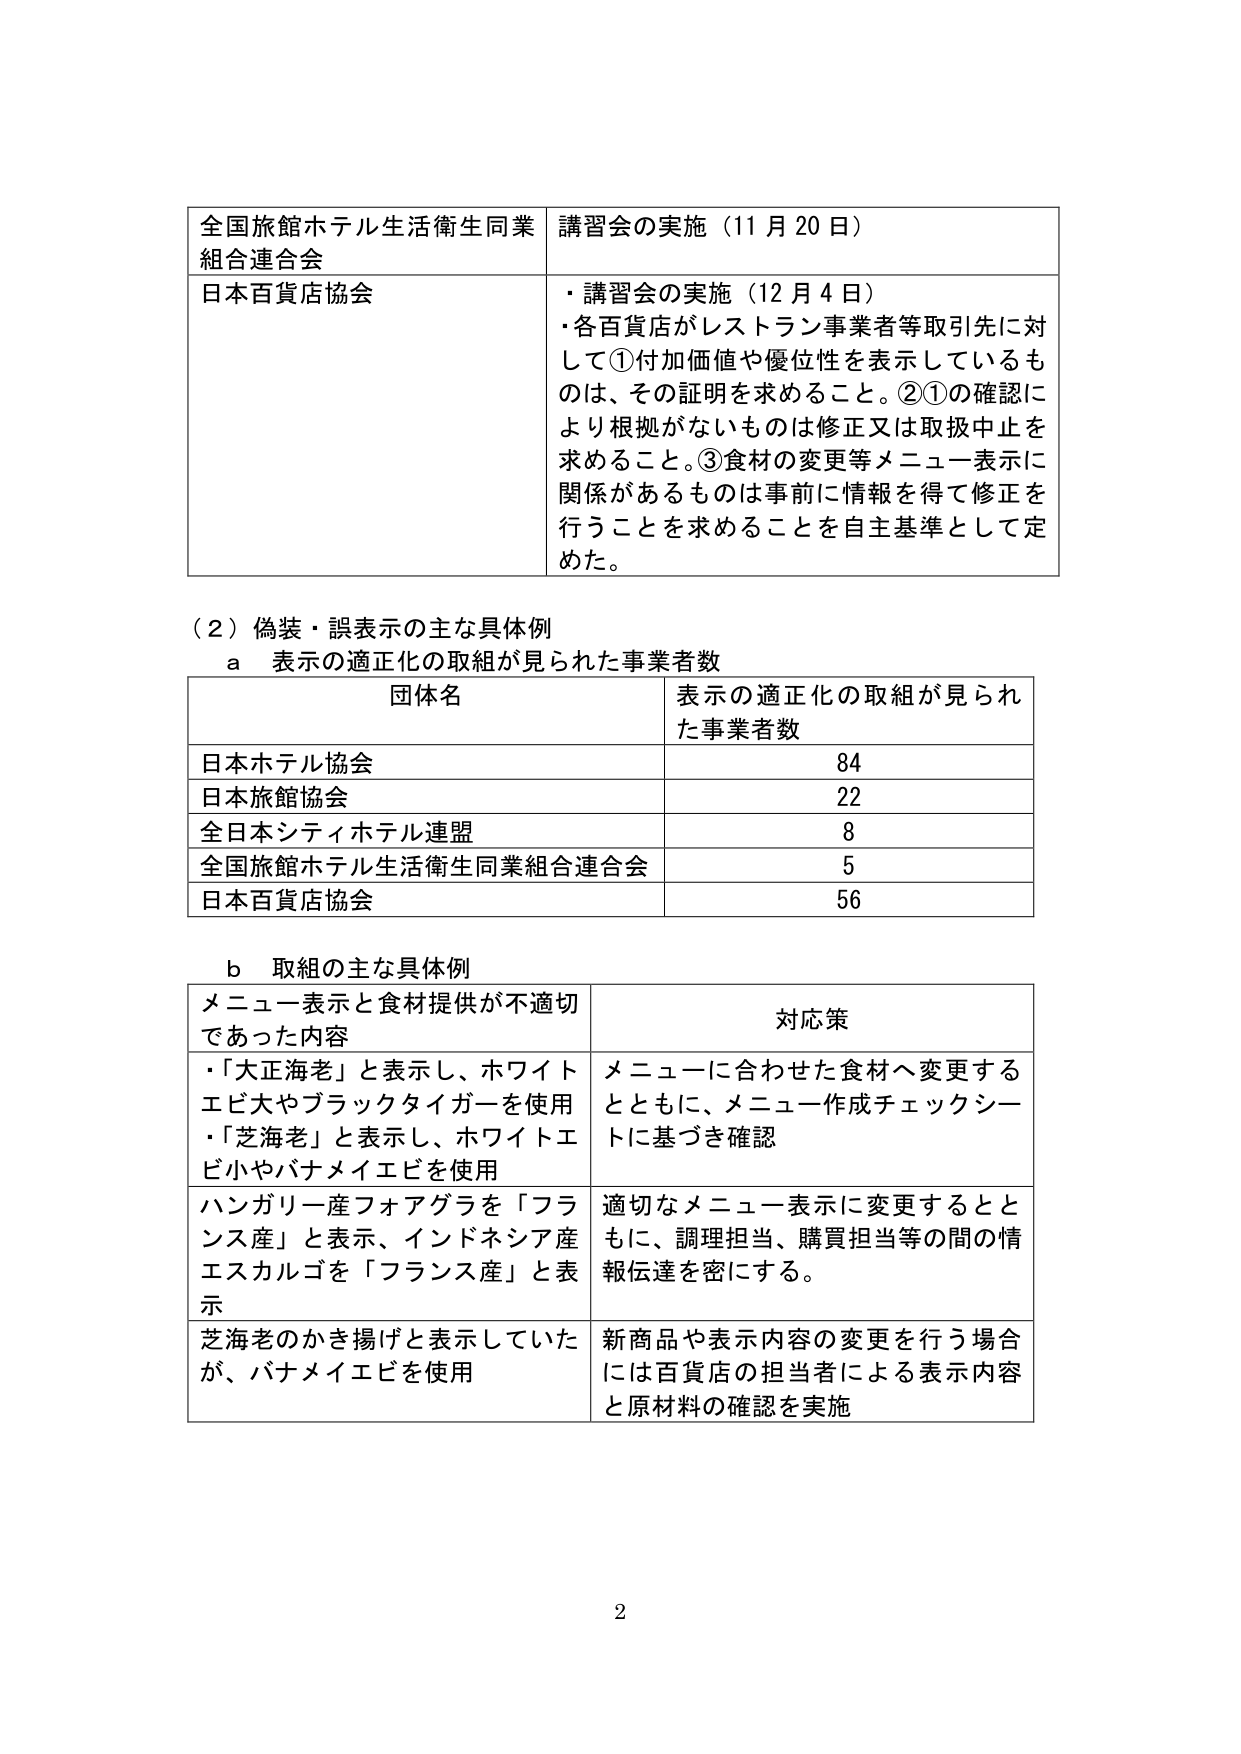
全国旅館ホテル生活衛生同業組合連合会 講習会の実施（11月20日）
日本百貨店協会
・講習会の実施（12月4日）
・各百貨店がレストラン事業者等取引先に対して①付加価値や優位性を表示しているものは、その証明を求めること。②①の確認により根拠がないものは修正又は取扱中止を求めること。③食材の変更等メニュー表示に関係があるものは事前に情報を得て修正を行うことを求めることを自主基準として定めた。

（2）偽装・誤表示の主な具体例
a 表示の適正化の取組が見られた事業者数
団体名 表示の適正化の取組が見られた事業者数
日本ホテル協会 84
日本旅館協会 22
全日本シティホテル連盟 8
全国旅館ホテル生活衛生同業組合連合会 5
日本百貨店協会 56

b 取組の主な具体例
メニュー表示と食材提供が不適切であった内容 対応策
・「大正海老」と表示し、ホワイトエビ大やブラックタイガーを使用
・「芝海老」と表示し、ホワイトエビ小やバナメイエビを使用
メニューに合わせた食材へ変更するとともに、メニュー作成チェックシートに基づき確認
ハンガリー産フォアグラを「フランス産」と表示、インドネシア産エスカルゴを「フランス産」と表示
適切なメニュー表示に変更するとともに、調理担当、購買担当等の間の情報伝達を密にする。
芝海老のかき揚げと表示していたが、バナメイエビを使用
新商品や表示内容の変更を行う場合には百貨店の担当者による表示内容と原材料の確認を実施

2